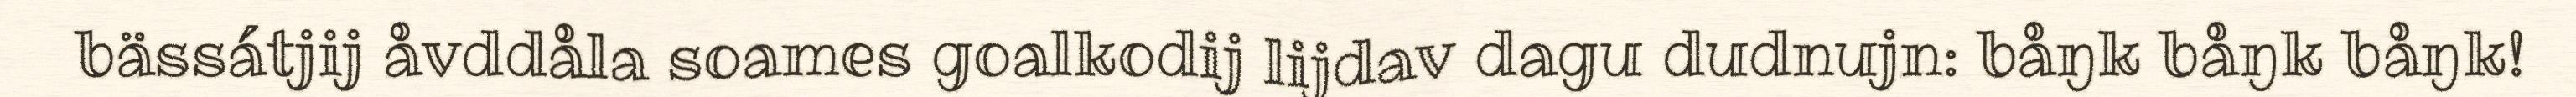
bässátjij åvddåla soames goalkodij lijdav dagu dudnujn: båŋk båŋk båŋk!